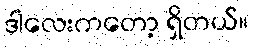
ဒါလေးကတော့ ရှိတယ်။